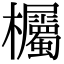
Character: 欘